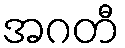
အဂတီ